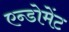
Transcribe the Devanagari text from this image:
एन्डोमेंट